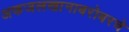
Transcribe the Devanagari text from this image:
अफजलखानाबरोबरचे